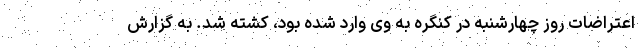
اعتراضات روز چهارشنبه در کنگره به وی وارد شده بود، کشته شد. به گزارش